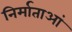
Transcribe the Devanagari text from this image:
निर्माताआं